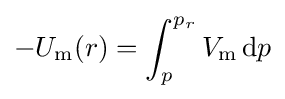
-U_{\rm {m}}(r)=\int _{p}^{p_{r}}V_{\rm {m}}\,\mathrm {d} p